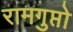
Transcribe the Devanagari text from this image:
रामगुप्तो